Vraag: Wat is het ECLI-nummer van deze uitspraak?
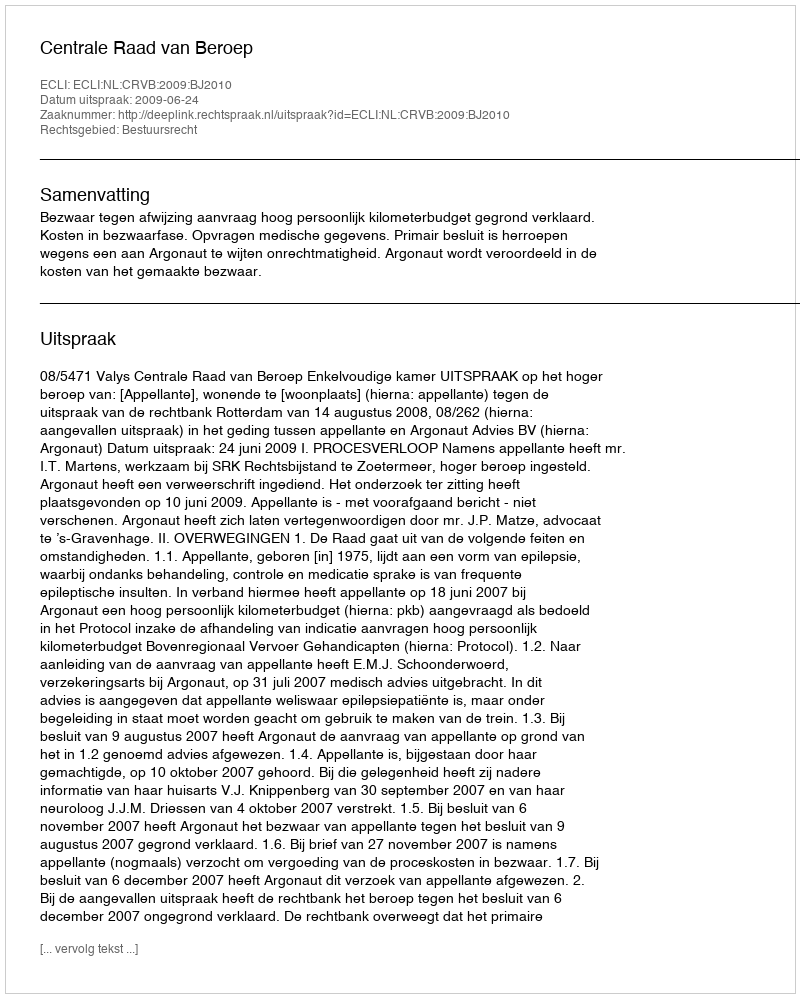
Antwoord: ECLI:NL:CRVB:2009:BJ2010